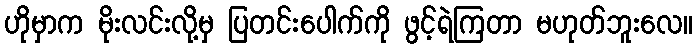
ဟိုမှာက မိုးလင်းလို့မှ ပြတင်းပေါက်ကို ဖွင့်ရဲကြတာ မဟုတ်ဘူးလေ။